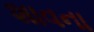
શાવના